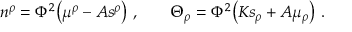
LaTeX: n ^ { \rho } = \Phi ^ { 2 } \big ( \mu ^ { \rho } - { \cal A } s ^ { \rho } \big ) \ , \qquad \Theta _ { \rho } = \Phi ^ { 2 } \big ( { \cal K } s _ { \rho } + { \cal A } \mu _ { \rho } \big ) \ .